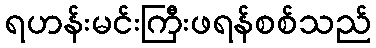
ရဟန်းမင်းကြီးဖရန်စစ်သည်